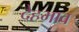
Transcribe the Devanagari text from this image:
देहभाव